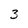
Character: 3